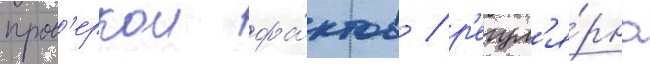
пров'еркои фа́ктов / р'егул'я́рно